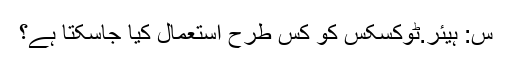
س: ہیئر.ٹوکسکس کو کس طرح استعمال کیا جاسکتا ہے؟